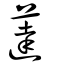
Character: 薘